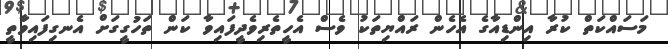
މަސައްކަތް ކުރާ އިންޑިއާގެ އެހެން ރައްޔިތަކު ވެސް އެހީތެރިވެދީފައިވާ ކަން ތަހުގީގަށް އެނގިފައިވާތީ